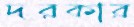
দরকার